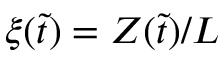
\xi ( \tilde { t } ) = Z ( \tilde { t } ) / L